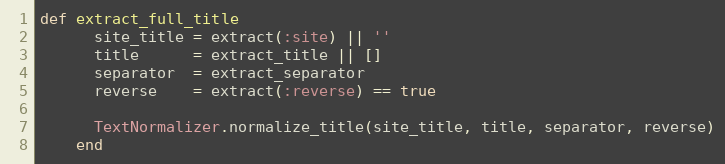
Language: Ruby
def extract_full_title
      site_title = extract(:site) || ''
      title      = extract_title || []
      separator  = extract_separator
      reverse    = extract(:reverse) == true

      TextNormalizer.normalize_title(site_title, title, separator, reverse)
    end